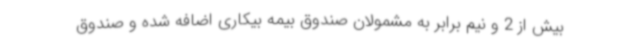
بیش از 2 و نیم برابر به مشمولان صندوق بیمه بیکاری اضافه شده و صندوق